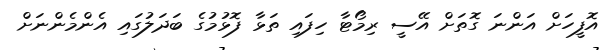
އޮފީހަށް އަންނަ ގޮތަށް އޭސީ ރިމޯޓާ ހިފައި ތަޅާ ފޮޅުމުގެ ބަދަލުގައި އެންމެންނަށް